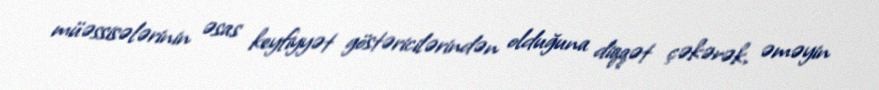
müəssisələrinin əsas keyfiyyət göstəricilərindən olduğuna diqqət çəkərək, əməyin